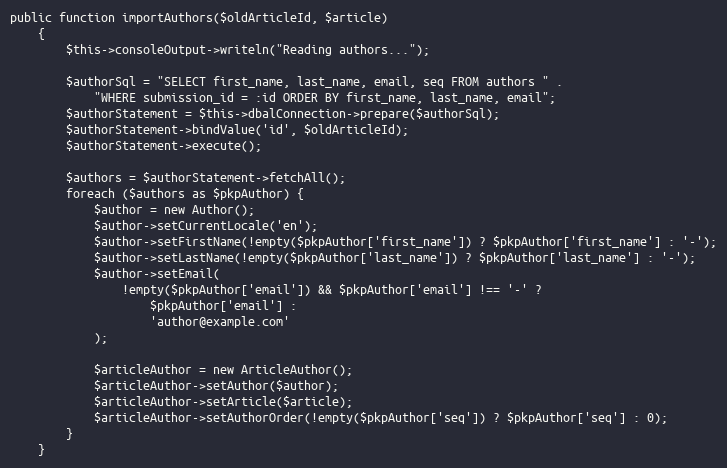
Language: PHP
public function importAuthors($oldArticleId, $article)
    {
        $this->consoleOutput->writeln("Reading authors...");

        $authorSql = "SELECT first_name, last_name, email, seq FROM authors " .
            "WHERE submission_id = :id ORDER BY first_name, last_name, email";
        $authorStatement = $this->dbalConnection->prepare($authorSql);
        $authorStatement->bindValue('id', $oldArticleId);
        $authorStatement->execute();

        $authors = $authorStatement->fetchAll();
        foreach ($authors as $pkpAuthor) {
            $author = new Author();
            $author->setCurrentLocale('en');
            $author->setFirstName(!empty($pkpAuthor['first_name']) ? $pkpAuthor['first_name'] : '-');
            $author->setLastName(!empty($pkpAuthor['last_name']) ? $pkpAuthor['last_name'] : '-');
            $author->setEmail(
                !empty($pkpAuthor['email']) && $pkpAuthor['email'] !== '-' ?
                    $pkpAuthor['email'] :
                    'author@example.com'
            );

            $articleAuthor = new ArticleAuthor();
            $articleAuthor->setAuthor($author);
            $articleAuthor->setArticle($article);
            $articleAuthor->setAuthorOrder(!empty($pkpAuthor['seq']) ? $pkpAuthor['seq'] : 0);
        }
    }